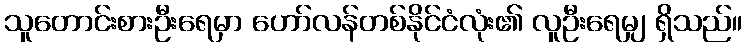
သူတောင်းစားဦးရေမှာ ဟော်လန်တစ်နိုင်ငံလုံး၏ လူဦးရေမျှ ရှိသည်။